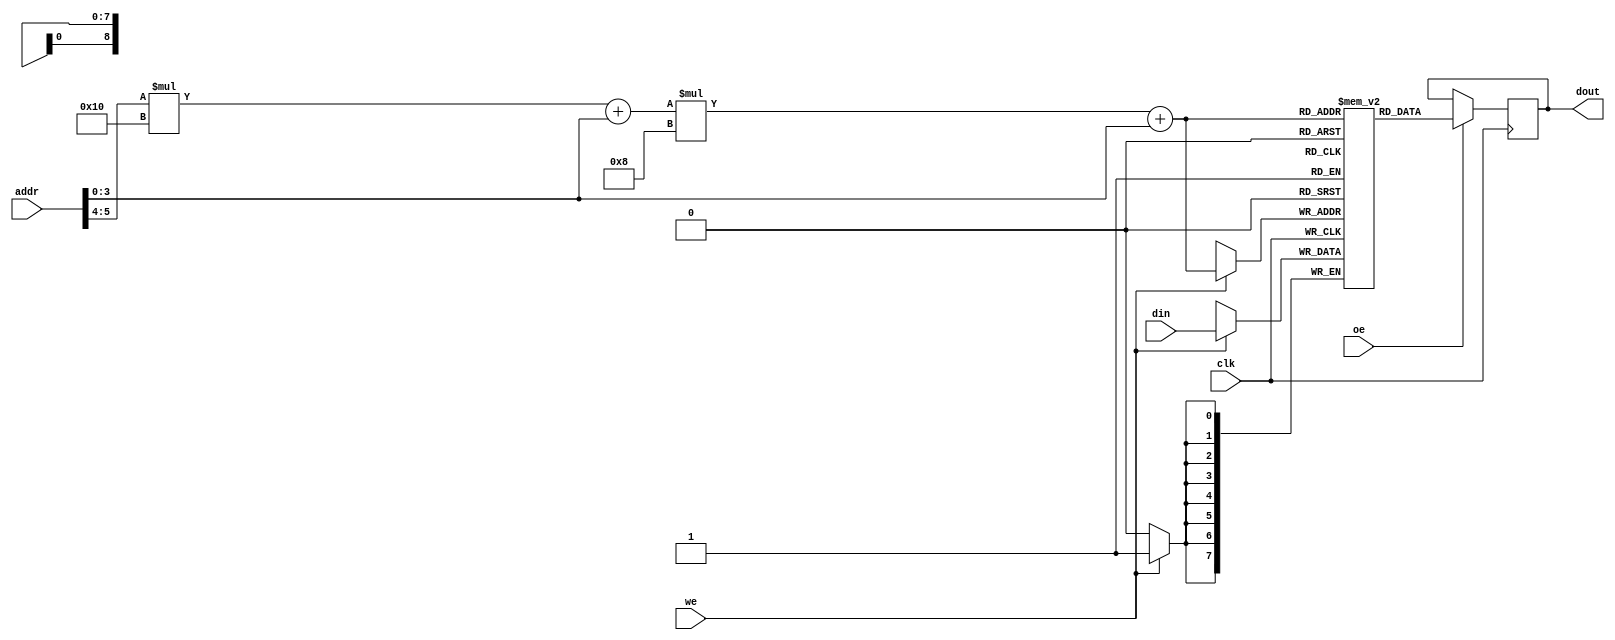
module multibank_sram #(
    parameter N_BANKS = 4,         // Number of banks
    parameter ROWS = 16,            // Number of rows in each bank
    parameter COLS = 8,             // Number of columns in each bank
    parameter ADDR_WIDTH = 6,       // Address width (for bank, row, col)
    parameter DATA_WIDTH = 8         // Data width
)(
    input wire clk,
    input wire we,                  // Write Enable
    input wire oe,                  // Output Enable
    input wire [ADDR_WIDTH-1:0] addr, // Address input (bank + row + col)
    input wire [DATA_WIDTH-1:0] din,  // Data input
    output reg [DATA_WIDTH-1:0] dout // Data output
);

    // Memory storage: 2D array for multiple banks
    reg [DATA_WIDTH-1:0] memory [N_BANKS-1:0][ROWS-1:0][COLS-1:0];

    // Address decoding
    wire [1:0] bank_select = addr[ADDR_WIDTH-1:ADDR_WIDTH-2];  // Select bank
    wire [ADDR_WIDTH-3:0] row_col = addr[ADDR_WIDTH-3:0];       // Row + Column
    wire [3:0] row_select = row_col[ROWS-1:0];                   // Select row
    wire [3:0] col_select = row_col[COLS-1:0];                   // Select column

    always @(posedge clk) begin
        if (we) begin
            // Write data to the selected bank, row, and column
            memory[bank_select][row_select][col_select] <= din;
        end
    end

    always @(posedge clk) begin
        if (oe) begin
            // Read data from the selected bank, row, and column
            dout <= memory[bank_select][row_select][col_select];
        end
    end

endmodule